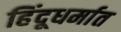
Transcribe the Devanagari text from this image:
हिंदूधर्मात